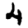
Digit: 4